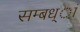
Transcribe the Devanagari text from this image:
सम्बध्ां